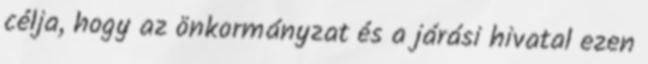
célja, hogy az önkormányzat és a járási hivatal ezen